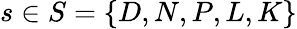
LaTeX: s\in S=\{ D,N,P,L,K\}